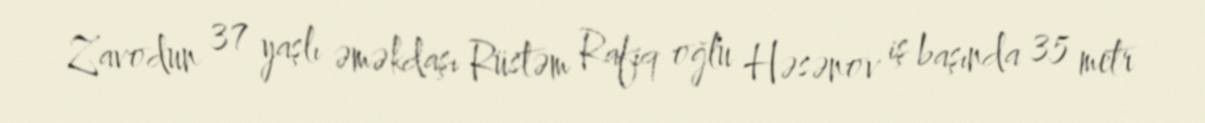
Zavodun 37 yaşlı əməkdaşı Rüstəm Rafiq oğlu Həsənov iş başında 35 metr